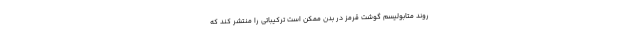
روند متابولیسم گوشت قرمز در بدن ممکن است ترکیباتی را منتشر کند که